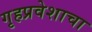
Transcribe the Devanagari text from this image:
गृहप्रवेशाचा